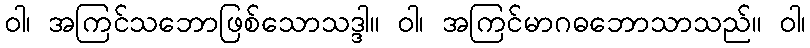
ဝါ၊ အကြင်သဘောဖြစ်သောသဒ္ဒါ။ ဝါ၊ အကြင်မာဂဓဘောသာသည်။ ဝါ၊